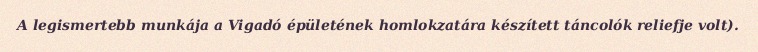
A legismertebb munkája a Vigadó épületének homlokzatára készített táncolók reliefje volt).